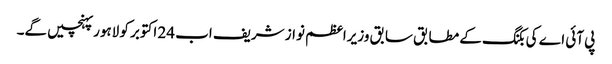
پی آئی اے کی بکنگ کے مطابق سابق وزیراعظم نواز شریف اب 24 اکتوبر کو لاہور پہنچیں گے۔